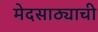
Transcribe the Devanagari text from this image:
मेदसाठ्याची